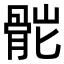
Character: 𩨷